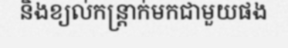
និងខ្យល់កន្ត្រាក់មកជាមួយផង